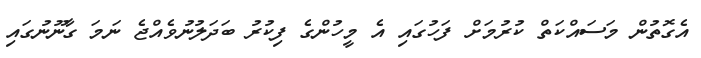
އެގޮތުން މަސައްކަތް ކުރުމަށް ފަހުގައި އެ މީހުންގެ ފިކުރު ބަދަލުނުވެއްޖެ ނަމަ ގާނޫނުގައި